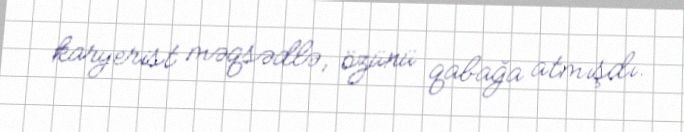
karyerist məqsədlə, özünü qabağa atmışdı.